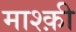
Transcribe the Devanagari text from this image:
माश्क़ी